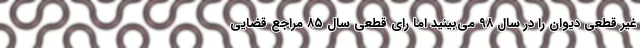
غیر قطعی دیوان را در سال ۹۸ می‌بینید اما رای قطعی سال ۸۵ مراجع قضایی